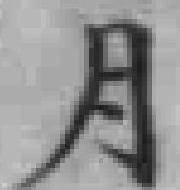
月